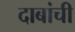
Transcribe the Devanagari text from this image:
दाबांची